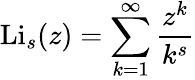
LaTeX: \mathrm{Li}_{s}(z)=\sum_{k=1}^{\infty}{\frac{z^{k}}{k^{s}}}